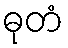
ဓုတံ